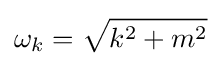
\omega _{k}={\sqrt {k^{2}+m^{2}}}